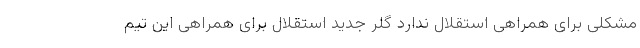
مشکلی برای همراهی استقلال ندارد گلر جدید استقلال برای همراهی این تیم